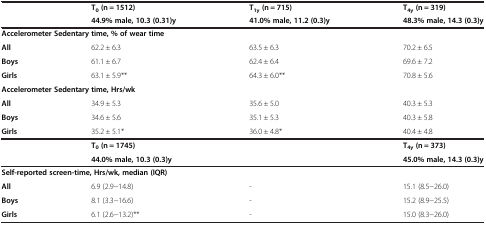
<table><thead><tr><td rowspan="2"><b> </b></td><td><b>T<sub>0 </sub>(n = 1512)</b></td><td><b>T<sub>1y </sub>(n = 715)</b></td><td><b>T<sub>4y </sub>(n = 319)</b></td></tr><tr><td><b>44.9% male, 10.3 (0.31)y</b></td><td><b>41.0% male, 11.2 (0.3)y</b></td><td><b>48.3% male, 14.3 (0.3)y</b></td></tr></thead><tbody><tr><td colspan="4"><b>Accelerometer Sedentary time, % of wear time</b></td></tr><tr><td><b>All</b></td><td>62.2 ± 6.3</td><td>63.5 ± 6.3</td><td>70.2 ± 6.5</td></tr><tr><td><b>Boys</b></td><td>61.1 ± 6.7</td><td>62.4 ± 6.4</td><td>69.6 ± 7.2</td></tr><tr><td><b>Girls</b></td><td>63.1 ± 5.9**</td><td>64.3 ± 6.0**</td><td>70.8 ± 5.6</td></tr><tr><td colspan="4"><b>Accelerometer Sedentary time, Hrs/wk</b></td></tr><tr><td><b>All</b></td><td>34.9 ± 5.3</td><td>35.6 ± 5.0</td><td>40.3 ± 5.3</td></tr><tr><td><b>Boys</b></td><td>34.6 ± 5.6</td><td>35.1 ± 5.3</td><td>40.3 ± 5.8</td></tr><tr><td><b>Girls</b></td><td>35.2 ± 5.1*</td><td>36.0 ± 4.8*</td><td>40.4 ± 4.8</td></tr><tr><td> </td><td><b>T</b><sub><b>0 </b></sub><b>(n = 1745)</b></td><td> </td><td><b>T</b><sub><b>4y </b></sub><b>(n = 373)</b></td></tr><tr><td> </td><td><b>44.0% male, 10.3 (0.3)y</b></td><td> </td><td><b>45.0% male, 14.3 (0.3)y</b></td></tr><tr><td colspan="4"><b>Self-reported screen-time, Hrs/wk, median (IQR)</b></td></tr><tr><td><b>All</b></td><td>6.9 (2.9−14.8)</td><td>-</td><td>15.1 (8.5−26.0)</td></tr><tr><td><b>Boys</b></td><td>8.1 (3.3−16.6)</td><td>-</td><td>15.2 (8.9−25.5)</td></tr><tr><td><b>Girls</b></td><td>6.1 (2.6−13.2)**</td><td>-</td><td>15.0 (8.3−26.0)</td></tr></tbody></table>